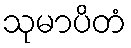
သုမာပိတံ